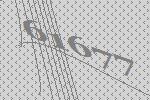
61677